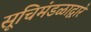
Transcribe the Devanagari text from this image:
सूचिमंडळाद्वारे